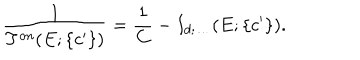
LaTeX: \displaystyle \frac { 1 } { T ^ { o n } ( E ; \{ c ^ { \prime } \} ) } = \displaystyle \frac { 1 } { C } - I _ { d ; \ldots } ( E ; \{ c ^ { \prime } \} ) .